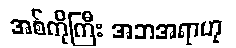
အစ်ကိုကြီး အဘအရာဟု